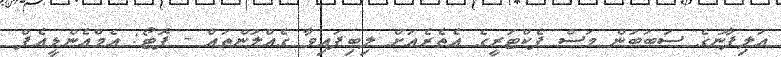
އަލިފާނުގެ ސަބަބުން މަސް ފެކްޓަރީގެ އެތެރެއަށް ލިބިފައިވާ ގެއްލުންތައް - ފޮޓޯ: އެމްއެންޑީއެފް